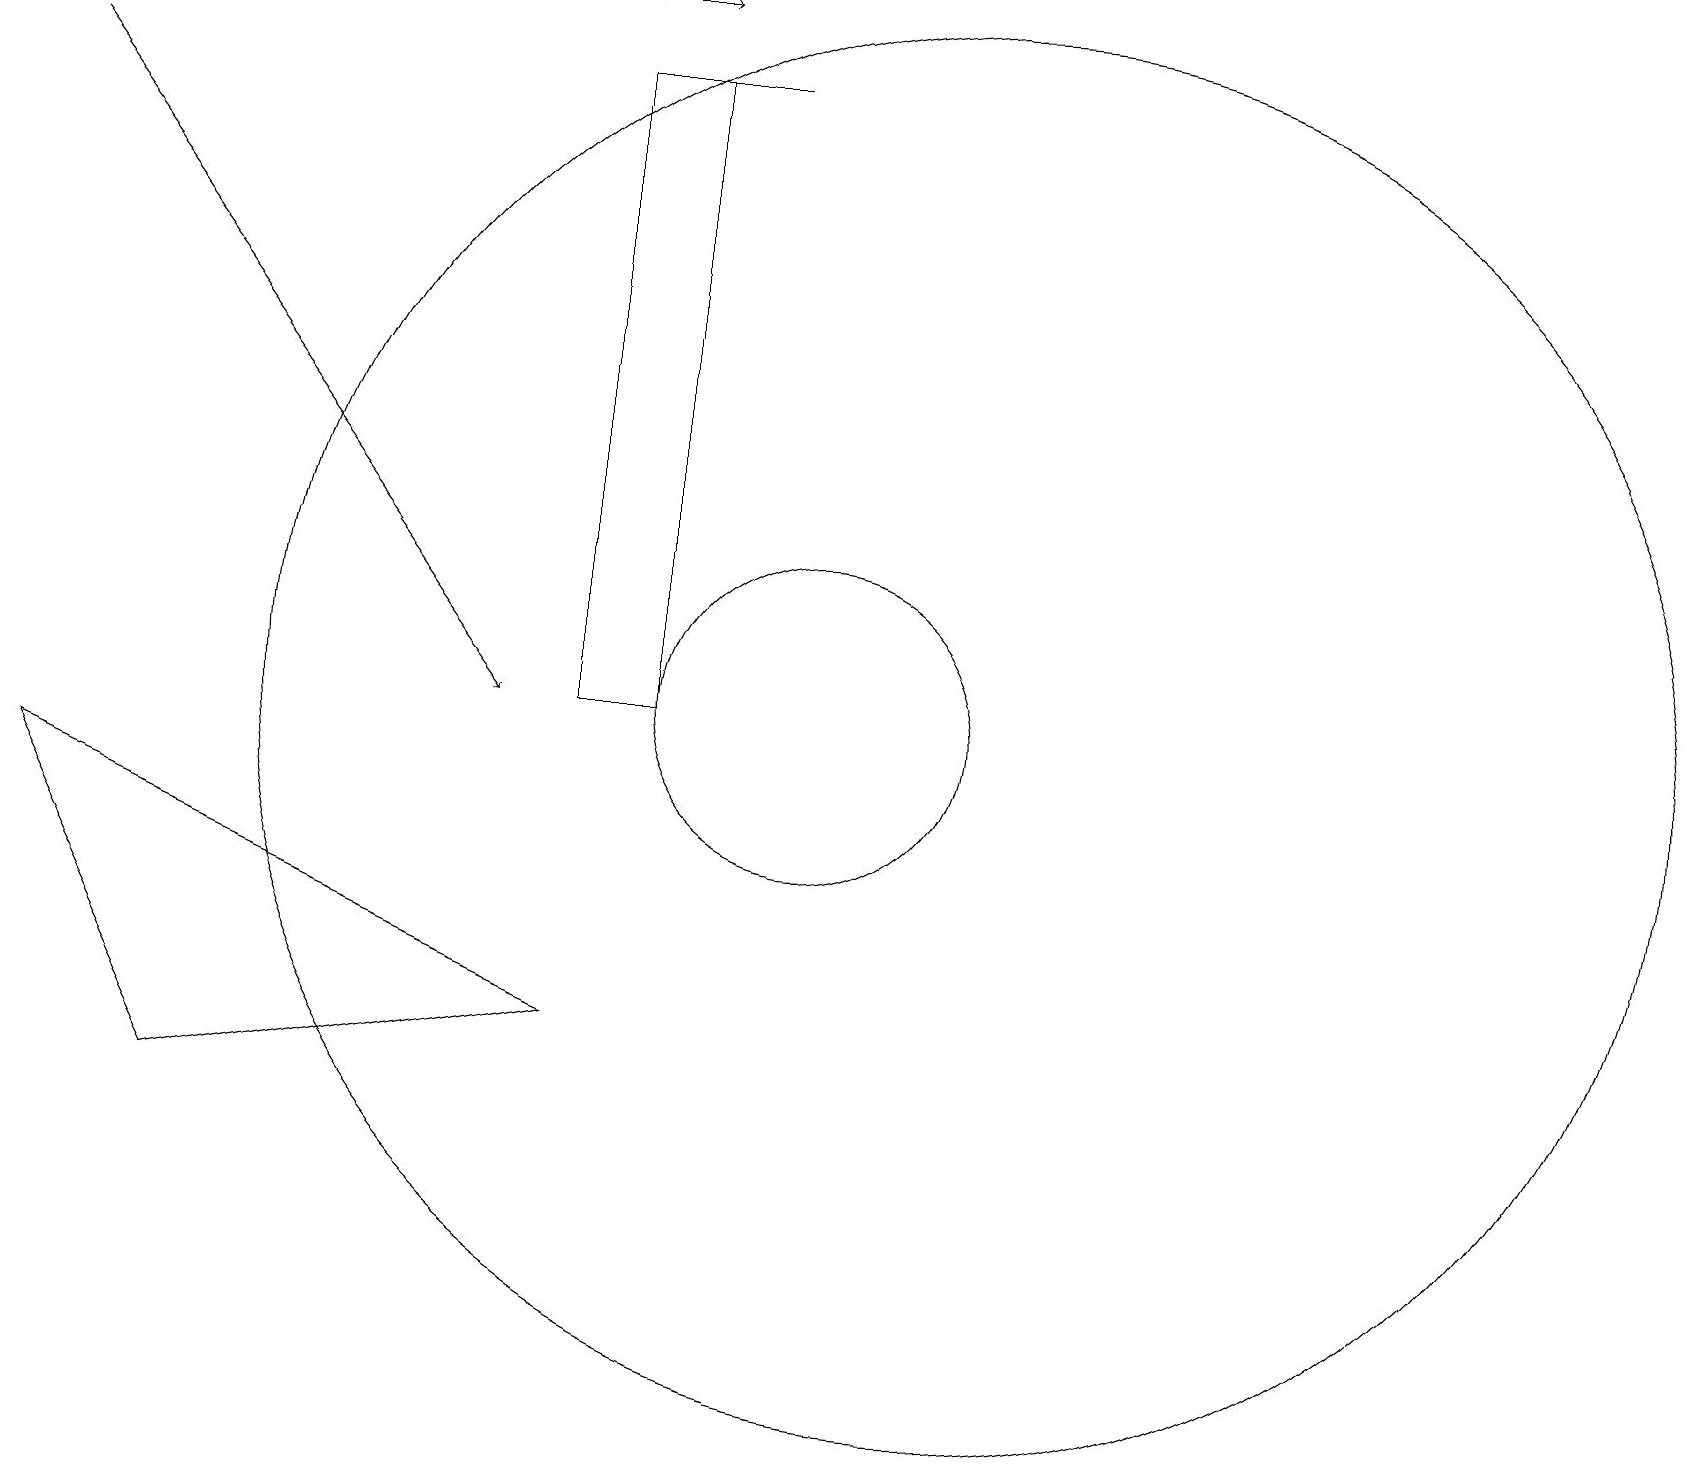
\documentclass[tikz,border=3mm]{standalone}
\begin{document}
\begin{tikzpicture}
\draw (12,10) circle (9);
\draw (7,10) rectangle (8,18);
\draw[->] (0,18) -- (6,10);
\draw (10,10) circle (2);
\draw[->] (7,19) -- (8,19);
\draw (8,18) rectangle (9,18);
\draw (7,6) -- (2,5) -- (0,9) -- cycle;
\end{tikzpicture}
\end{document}